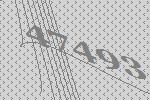
47493